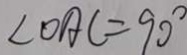
\angle O A C = 9 0 ^ { \circ }